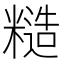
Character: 糙